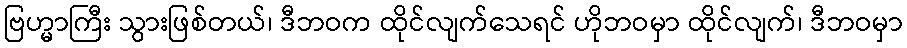
ဗြဟ္မာကြီး သွားဖြစ်တယ်၊ ဒီဘဝက ထိုင်လျက်သေရင် ဟိုဘဝမှာ ထိုင်လျက်၊ ဒီဘဝမှာ